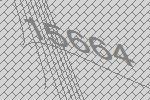
15664